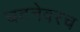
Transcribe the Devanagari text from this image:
घटनेवरच